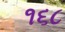
૧૬૮